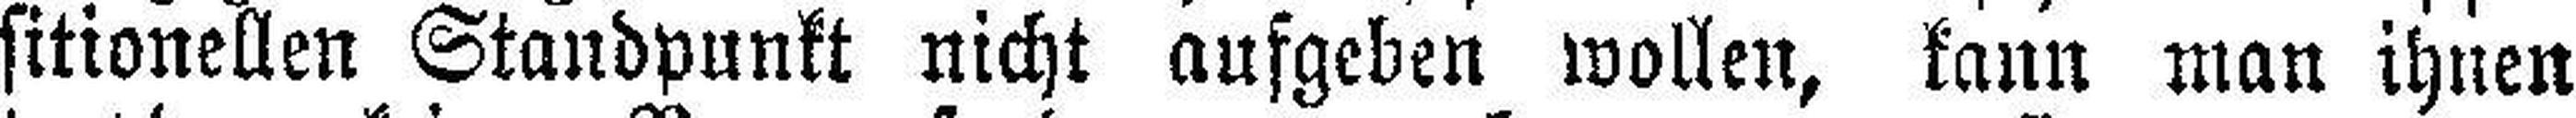
sitionellen Standpunkt nicht aufgeben wollen, kann man ihnen